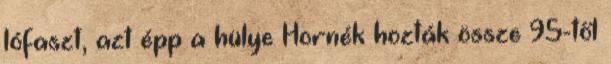
lófaszt, azt épp a hülye Hornék hozták össze 95-től